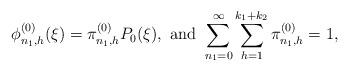
LaTeX: \begin{align*}\phi^{(0)}_{n_1,h}(\xi) = \pi^{(0)}_{n_1,h}P_0(\xi), \textrm{ and } \sum_{n_1=0}^\infty\sum_{h=1}^{k_1+k_2}\pi^{(0)}_{n_1,h} = 1,\end{align*}